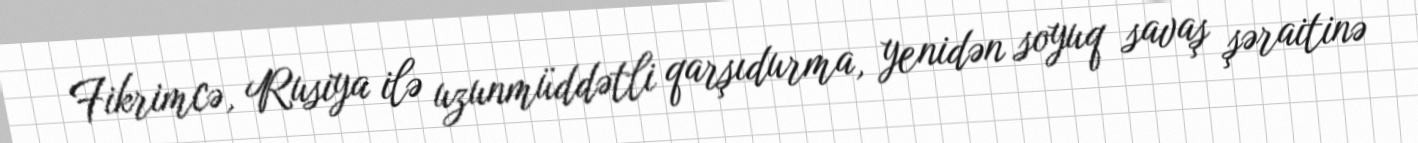
Fikrimcə, Rusiya ilə uzunmüddətli qarşıdurma, yenidən soyuq savaş şəraitinə